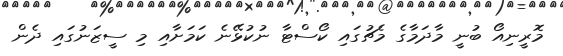
މޮރީނިއޯ ބުނީ މާދަމާގެ މެޗުގައި ކޯސްޓާ ނުކުޅޭނެ ކަމަށާއި މި ސީޒަނުގައި ދެން